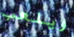
ويلعب